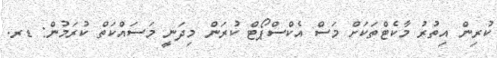
ކުރިން އިތުރު މާކެޓްތަކަށް މަސް އެކްސްޕޯޓް ކުރަން މިދަނީ މަސައްކަތް ކުރަމުން: ޑރ.